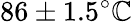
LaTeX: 86\pm1.5^{\circ}\mathbb{C}